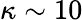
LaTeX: \kappa\sim 10